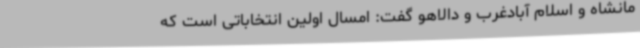
مانشاه و اسلام آبادغرب و دالاهو گفت: امسال اولین انتخاباتی است که